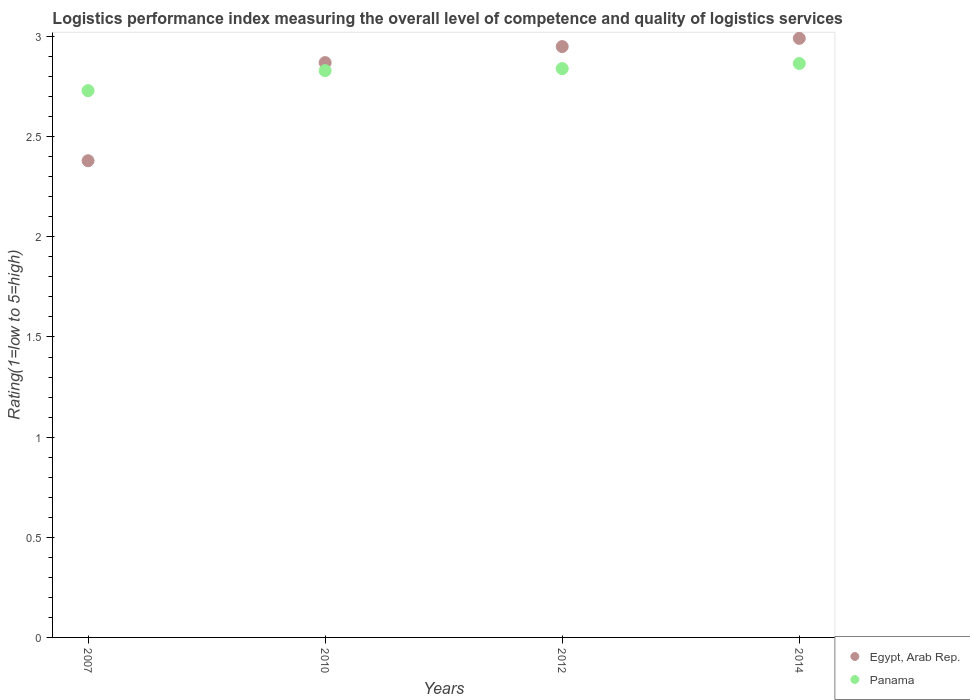
| Years | Egypt, Arab Rep. | Panama |
 | --- | --- | --- |
 | 2007 | 2.38 | 2.73 |
 | 2010 | 2.87 | 2.83 |
 | 2012 | 2.95 | 2.84 |
 | 2014 | 2.99 | 2.87 |